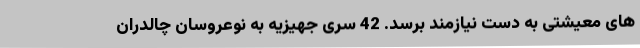
های معیشتی به دست نیازمند برسد. 42 سری جهیزیه به نوعروسان چالدران